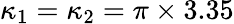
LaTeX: \kappa_{1}=\kappa_{2}=\pi\times 3.35